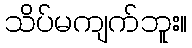
သိပ်မကျက်ဘူး။